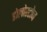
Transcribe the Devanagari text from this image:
डोलोस्टोन